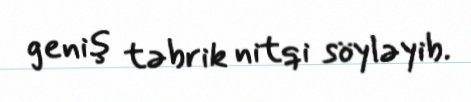
geniş təbrik nitqi söyləyib.